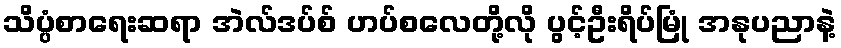
သိပ္ပံစာရေးဆရာ အဲလ်ဒပ်စ် ဟပ်စလေတို့လို ပွင့်ဦးရိပ်မြုံ အနုပညာနဲ့